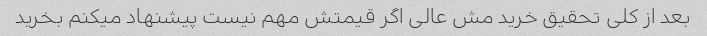
بعد از کلی تحقیق خرید مش عالی اگر قیمتش مهم نیست پیشنهاد میکنم بخرید